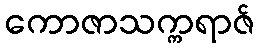
ကောဇာသက္ကရာဇ်